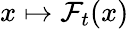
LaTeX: x\mapsto\mathcal F_{t}(x)